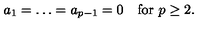
a _ { 1 } = \ldots = a _ { p - 1 } = 0 \quad \mathrm { f o r } \ p \geq 2 .